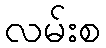
လမ်းစ